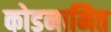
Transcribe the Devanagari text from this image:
कोडनामित